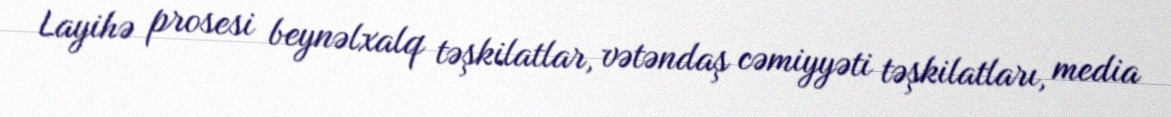
Layihə prosesi beynəlxalq təşkilatlar, vətəndaş cəmiyyəti təşkilatları, media